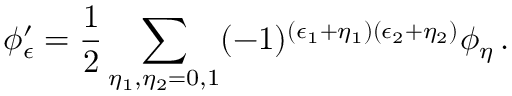
\phi _ { \epsilon } ^ { \prime } = \frac { 1 } { 2 } \sum _ { \eta _ { 1 } , \eta _ { 2 } = 0 , 1 } ( - 1 ) ^ { ( \epsilon _ { 1 } + \eta _ { 1 } ) ( \epsilon _ { 2 } + \eta _ { 2 } ) } \phi _ { \eta } \, .